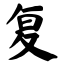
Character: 复